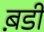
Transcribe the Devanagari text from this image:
ब़डी